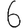
Digit: 6